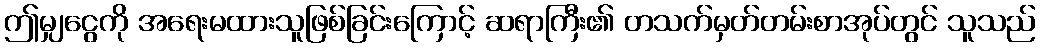
ဤမျှငွေကို အရေးမထားသူဖြစ်ခြင်းကြောင့် ဆရာကြီး၏ တသက်မှတ်တမ်းစာအုပ်တွင် သူသည်